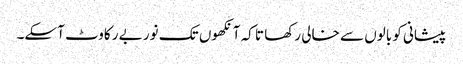
پیشانی کو بالوں سے خالی رکھا تا کہ آنکھوں تک نور بے رکاوٹ آسکے۔